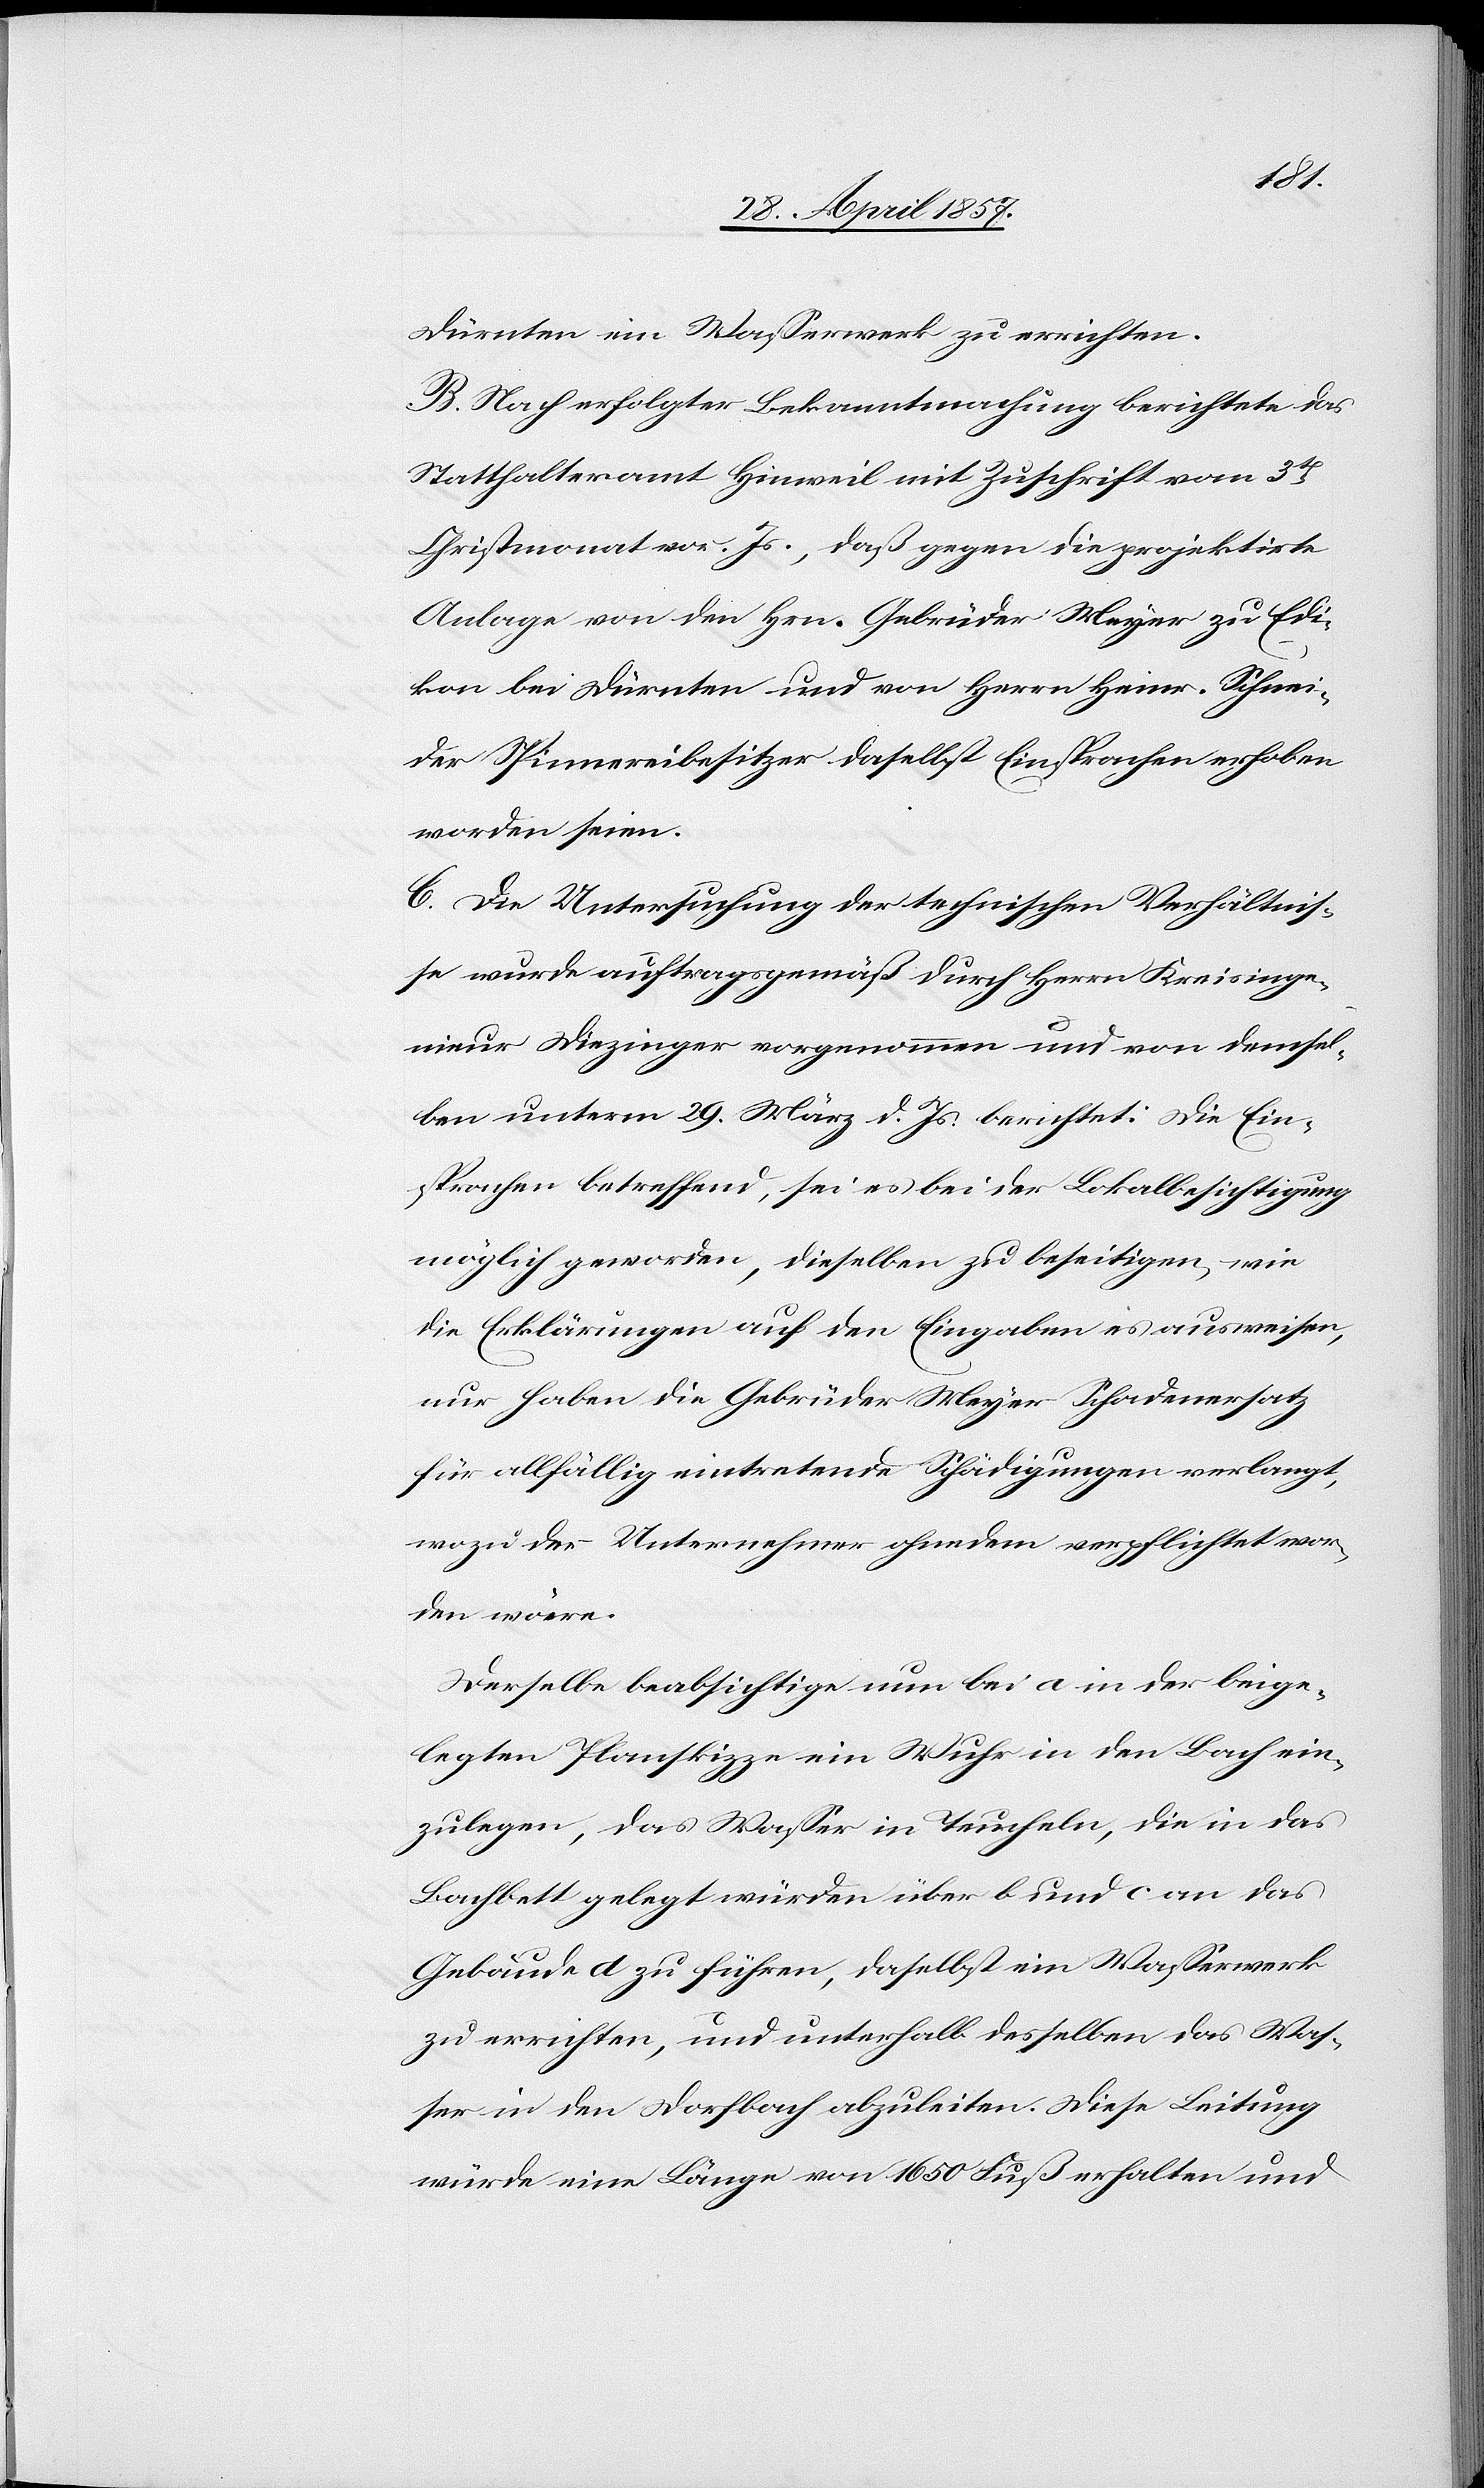
Dürnten ein Waßerwerk zu errichten.
B. Nach erfolgter Bekanntmachung berichtete das
Statthalteramt Hinweil mit Zuschrift vom 3t
Christmonat vor. Js., daß gegen die projektirte
Anlage von den Hrn. Gebrüder Meyer zu Edi¬
kon bei Dürnten und von Herrn Heinr. Schnei¬
der Spinnereibesitzer daselbst Einsprachen erhoben
worden seien.
C. Die Untersuchung der technischen Verhältnis¬
se wurde auftragsgemäß durch Herrn Kreisinge¬
nieur Diezinger vorgenommen und von demsel¬
ben unterm 29 März d. Js. berichtet: Die Ein¬
sprachen betreffend, sei es bei der Lokalbesichtigung
möglich geworden, dieselben zu beseitigen, wie
die Erklärungen auf den Eingaben es ausweisen,
nur haben die Gebrüder Meyer Schadenersatz
für allfällig eintretende Schädigungen verlangt,
wozu der Unternehmer ohnedem verpflichtet wor¬
den wäre.
Derselbe beabsichtige nun bei a in der beige¬
legten Planskizze ein Wuhr in den Bach ein¬
zulegen, das Waßer in Teucheln, die in das
Bachbett gelegt würden über b und c an das
Gebäude d zu führen, daselbst ein Waßerwerk
zu errichten, und unterhalb desselben das Was¬
ser in den Dorfbach abzuleiten. Diese Leitung
würde eine Länge von 1650 Fuß erhalten und